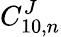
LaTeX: C_{10,n}^{J}